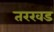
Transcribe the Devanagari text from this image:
तरखड